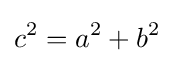
c^{2}=a^{2}+b^{2}